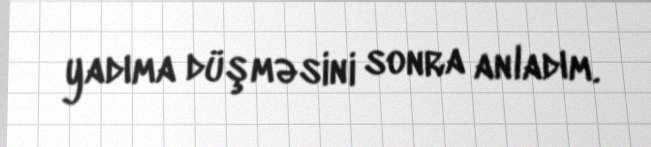
yadıma düşməsini sonra anladım.